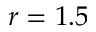
r = 1 . 5